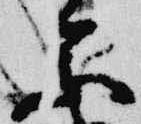
参